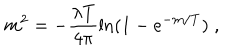
m ^ { 2 } = - \frac { \lambda T } { 4 \pi } \ln ( 1 - e ^ { - m / T } ) \; ,